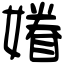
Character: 𡡀